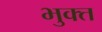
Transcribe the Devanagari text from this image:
भुक्‍त